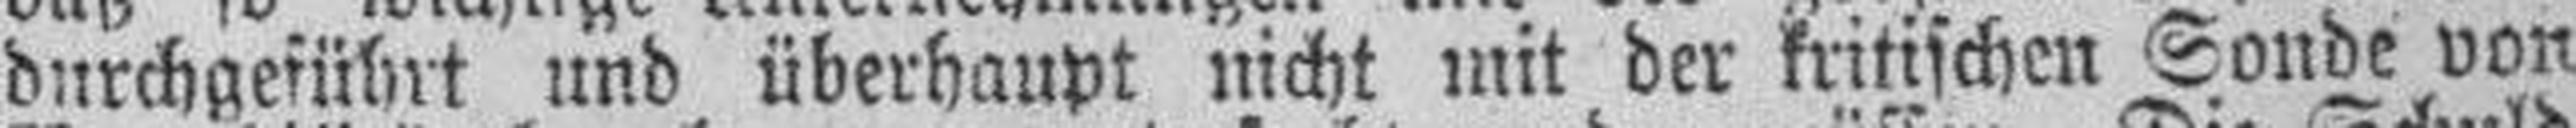
durchgeführt und überhaupt nicht mit der kritischen Sonde von